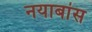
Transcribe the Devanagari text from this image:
नयाबांस